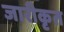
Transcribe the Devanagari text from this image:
जारीकृत